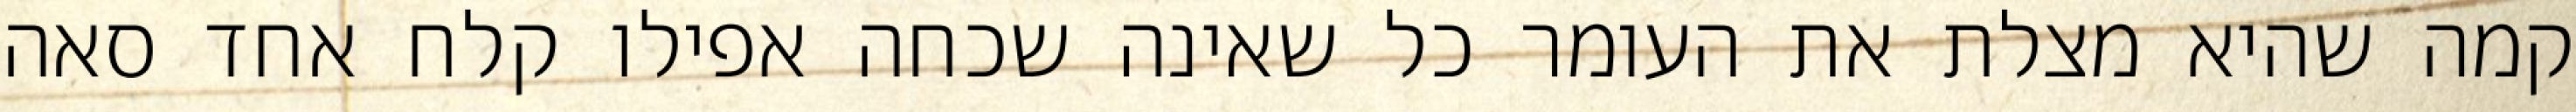
קמה שהיא מצלת את העומר כל שאינה שכחה אפילו קלח אחד סאה